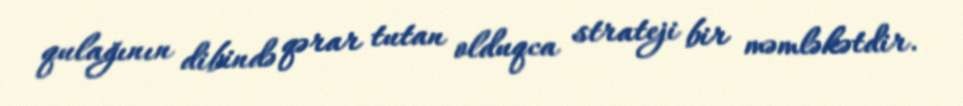
qulağının dibində qərar tutan olduqca strateji bir məmləkətdir.